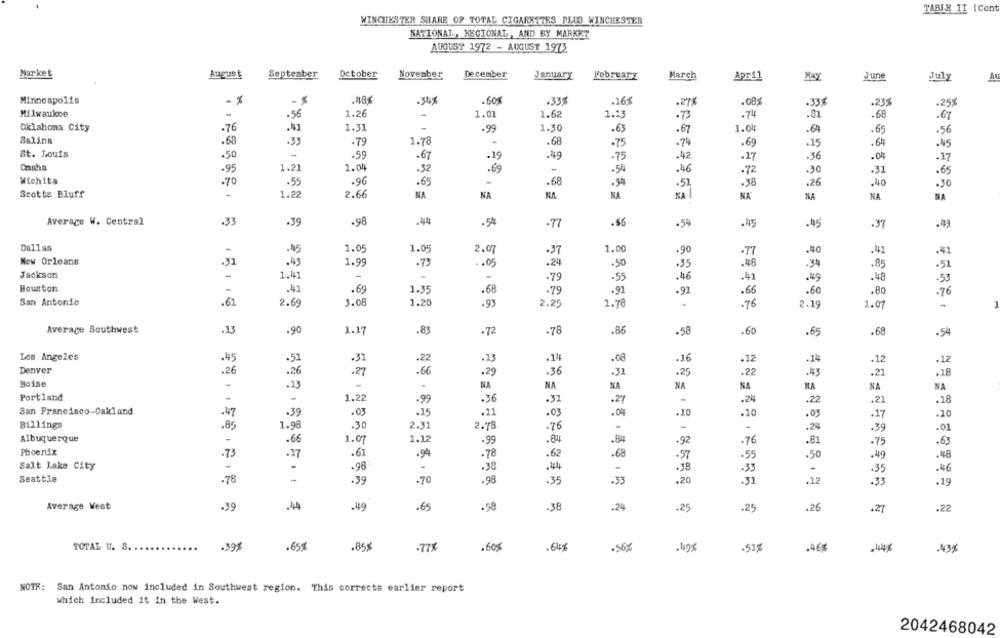
TABLE II (Con
WINCHESTER SHARE OF TOTAL CIGARETTES PLUS WINCHESTER
NATIONAL, REGIONAL, AND BY MARKET
AUGUST 1972 - AUGUST 1973
Market
August
September
October
November
December
January
February
March
April
May
June
July
A
Minneapolis
- $
.48%
.34x
-60%
.33%
.168
.275
.08
.33€
.23%
.25
Milwaukee
-
.56
1.26
-
1.01
1.62
.68
1.13
. 73
. 74
.81
.67
Oklahoma City
1.30
.76
1.31
.99
.63
.67
1.04
.64
.65
.56
Balina
.68
.33
.79
1.78
.68
.75
.74
.69
.25
.64
-45
St. Louis
.50
.59
-67
.29
.49
.75
.42
-17
.36
Omaha
.17
.95
1.21
1.04
-32
.54
.46
.30
.31
.65
.72
Wichita
.70
.55
.96
.65
.
.68
.54
.38
.26
.40
. 51
.30
Scotts Bluff
-
1.22
2.66
NA
NA
NA
NA
KAI
NA'
NA
NA
Average W. Central
.33
.39
.44
.54
.77
.66
.54
.45
.45
.37
Dallas
1.05
1.05
1.00
2.07
.37
.77
.40
.41
.41
New Orleans
.31
.43
1.99
.73
.. 05
.24
.50
.35
.48
.34
.85
.51
Jackson
-
1.41
-
.79
.55
.46
.41
.49
.48
.53
Houston
.41
.69
1.35
.68
.79
.92
.91
.65
.60
.80
.76
San Antonio
.62
2.69
3.08
1.20
.93
2.25
1.78
.76
2.19
2.07
Average Southwest
.13
.90
1.17
.83
.72
.86
-78
.58
.60
.65
.68
.54
Los Angeles
.45
.51
.31
.22
.23
.14
. 16
.12
-14
.12
.12
Denver
.26
.26
.27
.66
.29
.36
.31
.25
.22
-43
.21
.18
Boise
-
.13
NA
NA
NA
NA
NA
MA
NA
NA
Portland
1.22
.99
.36
.31
.27
.24
.22
.21
18
San Francisco-Oakland
.47
.39
.03
.25
.11
.03
.0%
.20
10
.10
.03
.17
Billings
.85
1.98
.30
2.31
2.78
.76
-
.24
-39
-01
Albuquerque
.66
1.07
.99
.92
1.12
.84
.84
.76
.81
.75
.63
Phoenix
.61
.73
.27
.94
. 78
.62
.68
.57
.55
.50
.49
.48
Salt Lake City
.98
-
.38
.44
.38
-33
-
.35
.46
Seattle
.78
.39
.70
.98
.35
.33
.20
.31
.12
.33
.19
Average West
.39
.44
.49
.65
.58
.38
.24
.25
.25
.26
.27
.22
TOTAL U. S.
.39%
.65%
.85%
-77%
.60$
.64%
.56%
.51%
.46%
.43%
NOTE: San Antonio now included in Southwest region. This corrects earlier report
which included it in the West.
2042468042